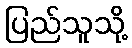
ပြည်သူသို့